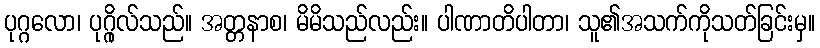
ပုဂ္ဂလော၊ ပုဂ္ဂိုလ်သည်။ အတ္တနာစ၊ မိမိသည်လည်း။ ပါဏာတိပါတာ၊ သူ၏အသက်ကိုသတ်ခြင်းမှ။